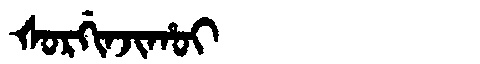
Manchu: ᡧᠣᡵᡤᡳᠨᠵᡳᡥᠣᡳ
Romanization: ŠORGINJIHOI